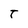
Character: t